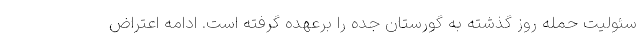
سئولیت حمله روز گذشته به گورستان جده را برعهده گرفته است. ادامه اعتراض